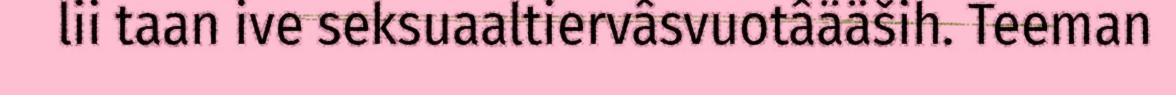
lii taan ive seksuaaltiervâsvuotâääših. Teeman